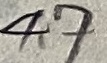
Text: 4.7